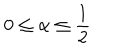
0 \leq \alpha \leq \frac { 1 } { 2 }